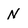
Character: N